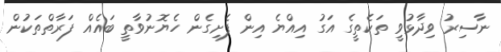
ނާސިރު ވިދާޅުވީ ތަކެތީގެ އަގު އިއްޔެ އިން ފެށިގެން ހެޔޮނުވާތީ ބައެއް ފަރާތްތަކުން